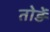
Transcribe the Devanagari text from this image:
तोड़ें